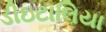
ડીઇટાલિયા